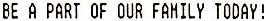
BE A PART OF OUR FAMILY TODAY!